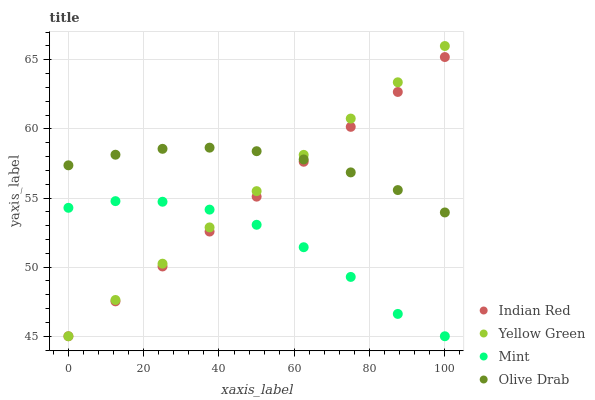
| xaxis_label | Indian Red | Yellow Green | Mint | Olive Drab |
 | --- | --- | --- | --- | --- |
 | 0 | 45 | 45 | 54.3 | 57.4 |
 | 12.5 | 47.5 | 47.6 | 54.8 | 58.1 |
 | 25 | 50.1 | 50.2 | 54.7 | 58.6 |
 | 37.5 | 52.6 | 52.9 | 54.2 | 58.6 |
 | 50 | 55.1 | 55.5 | 53.1 | 58.4 |
 | 62.5 | 57.6 | 58.1 | 51.4 | 57.8 |
 | 75 | 60.2 | 60.7 | 49.3 | 56.9 |
 | 87.5 | 62.7 | 63.4 | 46.6 | 55.6 |
 | 100 | 65.2 | 66 | 45 | 54 |